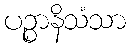
ပဉ္စာနိသံသာ